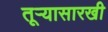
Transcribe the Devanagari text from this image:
तूऱ्यासारखी